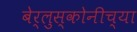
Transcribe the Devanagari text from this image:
बेर्लुस्कोनीच्या